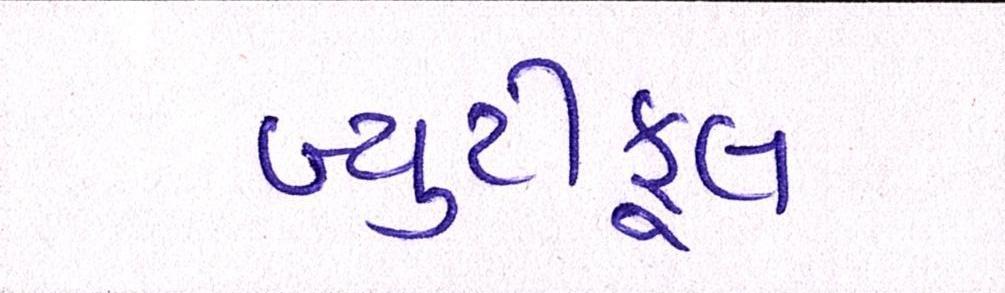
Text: બ્યુટીફૂલ